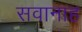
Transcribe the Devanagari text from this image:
सवानाह